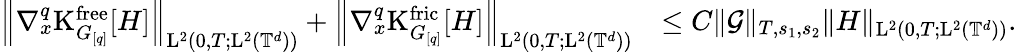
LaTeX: \begin{array}{rl}{\Big\Vert\nabla_{x}^{q}\mathrm{K}_{G_{[q]}}^{\mathrm{free}}[H]\Big\Vert_{\mathrm{L}^{2}(0,T;\mathrm{L}^{2}(\mathbb T^{d}))}+\Big\Vert\nabla_{x}^{q}\mathrm{K}_{G_{[q]}}^{\mathrm{fric}}[H]\Big\Vert_{\mathrm{L}^{2}(0,T;\mathrm{L}^{2}(\mathbb T^{d}))}}&{\leq C\Vert\mathcal{G}\Vert_{T,s_{1},s_{2}}\Vert H\Vert_{\mathrm{L}^{2}(0,T;\mathrm{L}^{2}(\mathbb T^{d}))}.}\end{array}